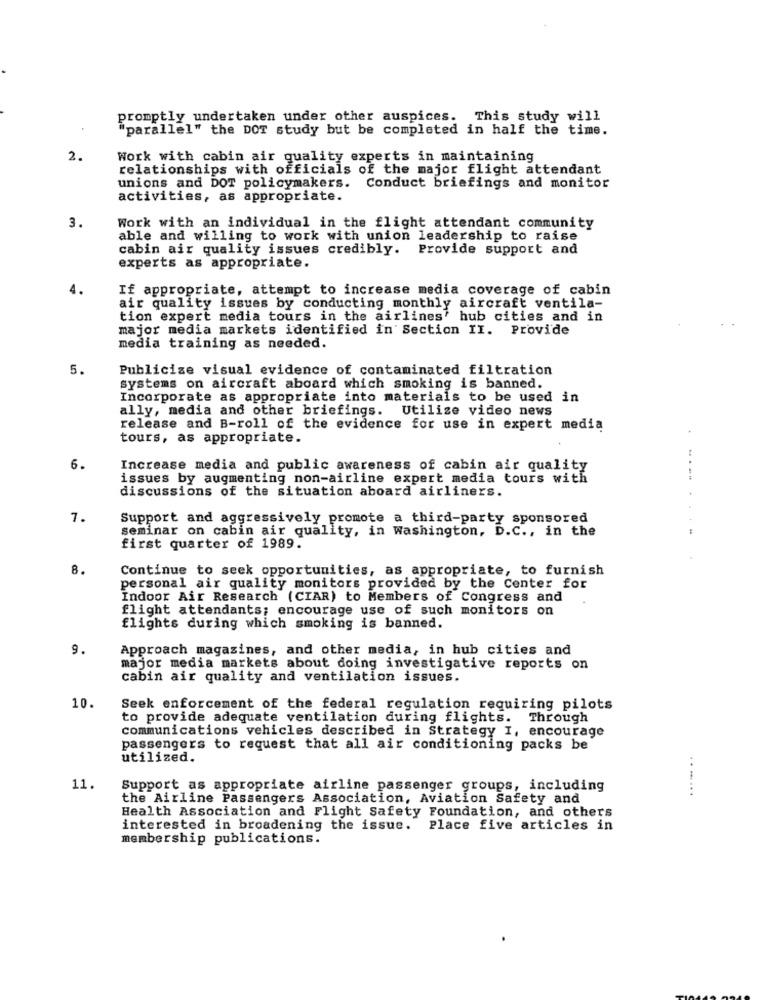
promptly undertaken under other auspices. This study will
"parallel" the DOT study but be completed in half the time.
2.
Work with cabin air quality experts in maintaining
relationships with officials of the major flight attendant
unions and DOT policymakers. Conduct briefings and monitor
activities, as appropriate.
3.
Work with an individual in the flight attendant community
able and willing to work with union leadership to raise
cabin air quality issues credibly. Provide support and
experts as appropriate.
4.
If appropriate, attempt to increase media coverage of cabin
air quality issues by conducting monthly aircraft ventila-
tion expert media tours in the airlines' hub cities and in
major media markets identified in Section II. Provide
media training as needed.
5.
Publicize visual evidence of contaminated filtration
systems on aircraft aboard which smoking is banned.
Incorporate as appropriate into materials to be used in
ally, media and other briefings. Utilize video news
release and B-roll of the evidence for use in expert media
tours, as appropriate.
6.
Increase media and public awareness of cabin air quality
issues by augmenting non-airline expert media tours with
discussions of the situation aboard airliners.
7.
Support and aggressively promote a third-party sponsored
seminar on cabin air quality, in Washington, D.C ., in the
first quarter of 1989.
8.
Continue to seek opportunities, as appropriate, to furnish
personal air quality monitors provided by the Center for
Indoor Air Research (CIAR) to Members of Congress and
flight attendants; encourage use of such monitors on
flights during which smoking is banned.
9.
Approach magazines, and other media, in hub cities and
major media markets about doing investigative reports on
cabin air quality and ventilation issues.
10.
Seek enforcement of the federal regulation requiring pilots
to provide adequate ventilation during flights. Through
communications vehicles described in Strategy I, encourage
passengers to request that all air conditioning packs be
utilized.
11.
Support as appropriate airline passenger groups, including
.. .....
the Airline Passengers Association, Aviation Safety and
Health Association and Flight Safety Foundation, and others
interested in broadening the issue. Place five articles in
membership publications.